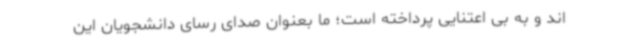
اند و به بی اعتنایی پرداخته است؛ ما بعنوان صدای رسای دانشجویان این